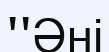
''Әні